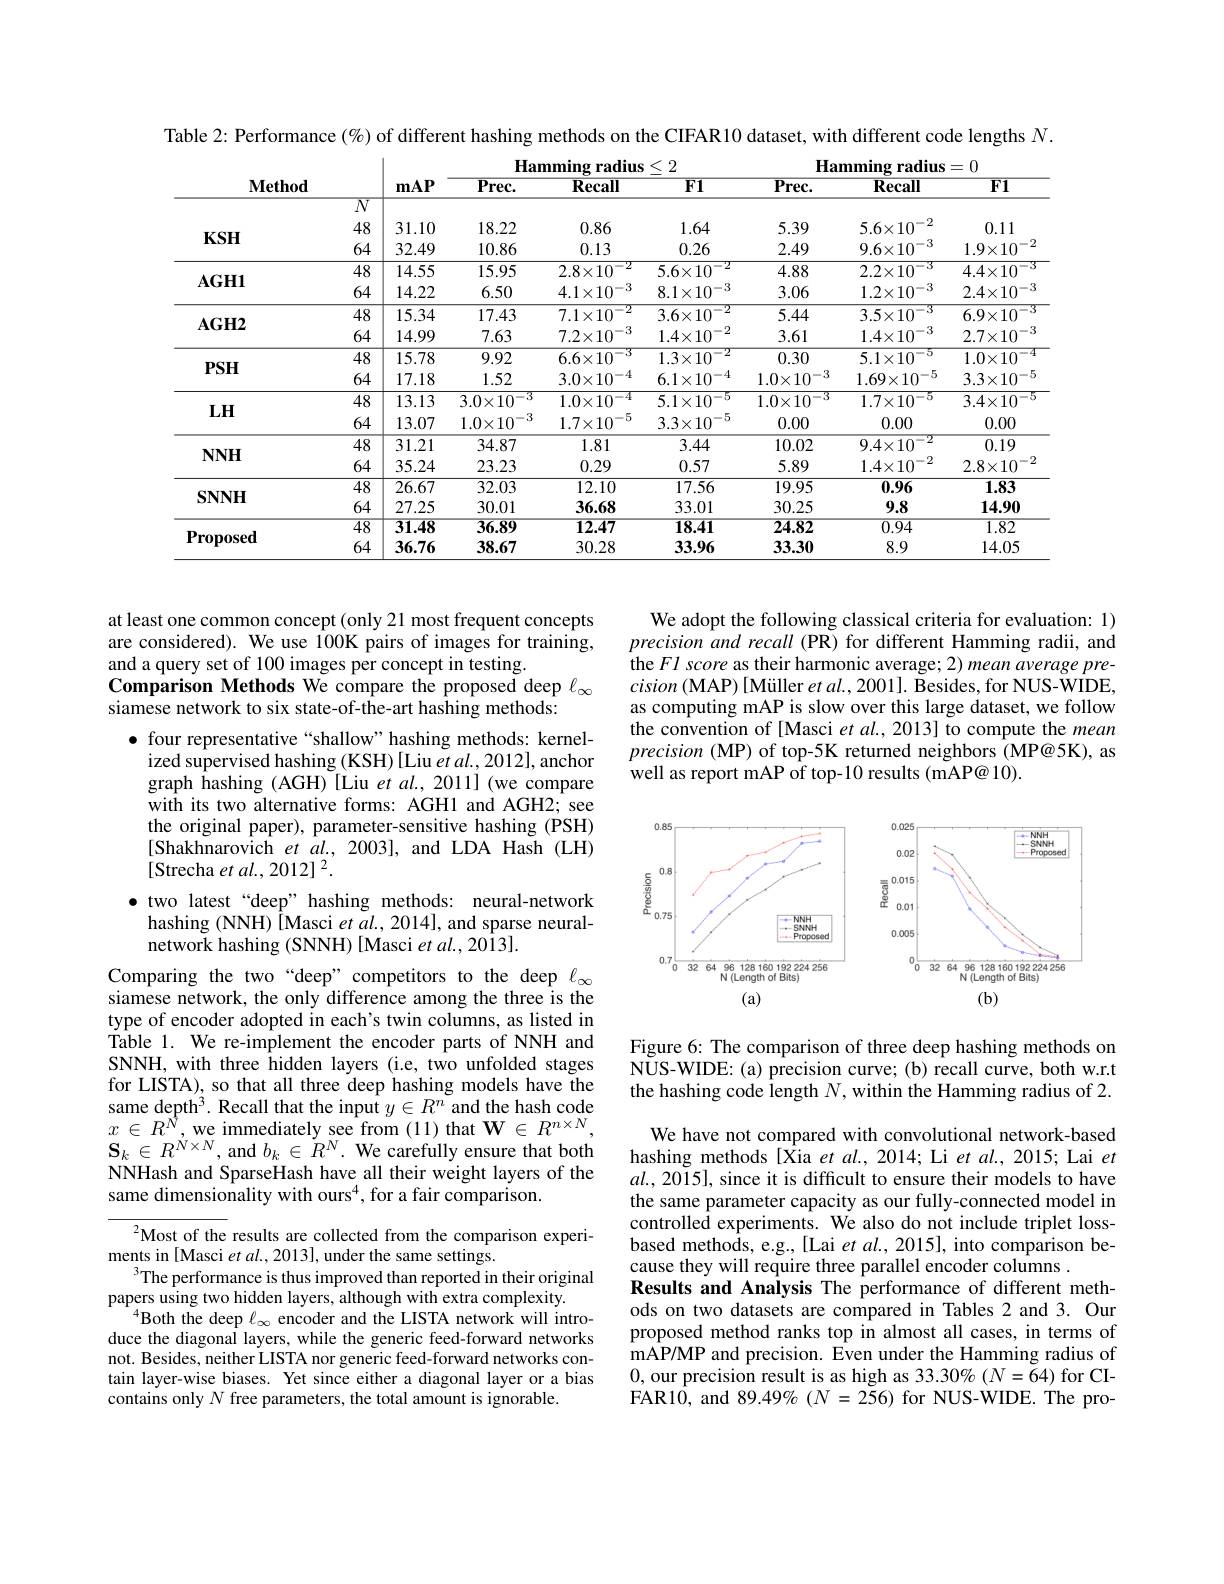
Table 2: Performance $(\%)$ of different hashing methods on the CIFAR 10 dataset, with different code lengths $N.$

<table>
	<tbody>
		<tr>
			<th>$\mathbf{Method}$</th>
			<th> </th>
			<th>$\mathbf{mAP}$</th>
			<th>$\overline{{\mathrm{Prec.}}}$</th>
			<th>$\mathbf{Recall}$</th>
			<th>$\overline{\mathbf{F}1}$</th>
			<th>$\overline{\mathrm{Prec.}}$</th>
			<th>$\mathbf{Recall}$</th>
			<th>$\overline{F1}$</th>
		</tr>
		<tr>
			<td rowspan="3">$KSH$</td>
			<td>$\overline{N}$</td>
			<td> </td>
			<td> </td>
			<td> </td>
			<td> </td>
			<td> </td>
			<td> </td>
			<td> </td>
		</tr>
		<tr>
			<td>48</td>
			<td>31.10</td>
			<td>18.22</td>
			<td>0.86</td>
			<td>1.64</td>
			<td>5.39</td>
			<td>$5.6\times10^{-2}$</td>
			<td>0.11</td>
		</tr>
		<tr>
			<td>64</td>
			<td>32.49</td>
			<td>10.86</td>
			<td>0.13</td>
			<td>0.26</td>
			<td>2.49</td>
			<td>$9.6\times10^{-3}$</td>
			<td>$1.9\times10^{-}$</td>
		</tr>
		<tr>
			<td> </td>
			<td>48</td>
			<td>14.55</td>
			<td>15.95</td>
			<td>$2.8\times10^{-2}$</td>
			<td>$5.6\times10^{-2}$</td>
			<td>4.88</td>
			<td>$2.2\times10^{-3}$</td>
			<td>$4.4\times10^{-}$</td>
		</tr>
		<tr>
			<td>$AUII$</td>
			<td>64</td>
			<td>14.22</td>
			<td>6.50</td>
			<td>$4.1\times10^{-3}$</td>
			<td>$8.1\times10^{-3}$</td>
			<td>3.06</td>
			<td>$1.2\times10^{-3}$</td>
			<td>$2.4\times10^{-2.4.4\times10^{-2.5}}$</td>
		</tr>
		<tr>
			<td>$f^{\prime}\mathbf{T}\mathbf{T}$ 1</td>
			<td>48</td>
			<td>15.34</td>
			<td>17.43</td>
			<td>$7.1\times10^{-2}$</td>
			<td>$3.6\times10^{-2}$</td>
			<td>5.44</td>
			<td>$3.5\times10^{-3}$</td>
			<td>$6.9\times10^{-}$</td>
		</tr>
		<tr>
			<td>10114</td>
			<td>64</td>
			<td>14.99</td>
			<td>7.63</td>
			<td>$7.2\times10^{-3}$</td>
			<td>$1.4\times10^{-2}$</td>
			<td>3.61</td>
			<td>$1.4\times10^{-3}$</td>
			<td>$2.7\times10^{-}$</td>
		</tr>
		<tr>
			<td>marn</td>
			<td>48</td>
			<td>15.78</td>
			<td>9.92</td>
			<td>$6.6\times10^{-3}$</td>
			<td>$1.3\times10^{-2}$</td>
			<td>0.30</td>
			<td>$5.1\times10^{-5}$</td>
			<td>$1.0\times10^{-}$</td>
		</tr>
		<tr>
			<td>$\mathbf{r}$on</td>
			<td>64</td>
			<td>17.18</td>
			<td>1.52</td>
			<td>$3.0\times10^{-4}$</td>
			<td>$6.1\times10^{-4}$</td>
			<td>$1.0\times10^{-3}$</td>
			<td>$1.69\times10^{-5}$</td>
			<td>$3.3\times10^{-}$</td>
		</tr>
		<tr>
			<td>TT</td>
			<td>48</td>
			<td>13.13</td>
			<td>$3.0\times10^{-3}$</td>
			<td>$1.0\times10^{-4}$</td>
			<td>$5.1\times10^{-5}$</td>
			<td>$1.0\times10^{-3}$</td>
			<td>$1.7\times10^{-5}$</td>
			<td>$3.4\times10^{-}$</td>
		</tr>
		<tr>
			<td>LUU</td>
			<td>64</td>
			<td>13.07</td>
			<td>$1.0\times10^{-3}$</td>
			<td>$1.7\times10^{-5}$</td>
			<td>$3.3\times10^{-5}$</td>
			<td>0.00</td>
			<td>0.00</td>
			<td>0.00</td>
		</tr>
		<tr>
			<td> </td>
			<td>48</td>
			<td>31.21</td>
			<td>34.87</td>
			<td>1.81</td>
			<td>3.44</td>
			<td>10.02</td>
			<td>$9.4\times10^{-2}$</td>
			<td>0.19</td>
		</tr>
		<tr>
			<td>$1\mathbf{v}1\mathbf{v}$</td>
			<td>64</td>
			<td>35.24</td>
			<td>23.23</td>
			<td>0.29</td>
			<td>0.57</td>
			<td>5.89</td>
			<td>$1.4\times10^{-2}$</td>
			<td>$2.8\times10^{-}$</td>
		</tr>
		<tr>
			<td> </td>
			<td>$\overline{48}$</td>
			<td>26.67</td>
			<td>32.03</td>
			<td>12.10</td>
			<td>17.56</td>
			<td>19.95</td>
			<td>0.96</td>
			<td>1.83</td>
		</tr>
		<tr>
			<td>DININI</td>
			<td>64</td>
			<td>27.25</td>
			<td>30.01</td>
			<td>36.68</td>
			<td>33.01</td>
			<td>30.25</td>
			<td>9.8</td>
			<td>14.90</td>
		</tr>
		<tr>
			<td rowspan="2">$\mathbf{Proposed}$</td>
			<td>$\overline{48}$</td>
			<td>$\overline{31.48}$</td>
			<td>36.89</td>
			<td>$\overline{12.47}$</td>
			<td>18.41</td>
			<td>24.82</td>
			<td>$\overline{0.94}$</td>
			<td>$\overline{1.82}$</td>
		</tr>
		<tr>
			<td>64</td>
			<td>36.76</td>
			<td>38.67</td>
			<td>30.28</td>
			<td>33.96</td>
			<td>33.30</td>
			<td>8.9</td>
			<td>14.05</td>
		</tr>
	</tbody>
</table>

We adopt the following classical criteria for evaluation: 1) precision and recall (PR) for different Hamming radii, and the Fl score as their harmonic average; 2) mean average pre- $cision\left ( \mathrm{MAP}\right ) [$Muiller $et$ $al. , 2001] .$ Besides, for NUS- WIDE, as computing mAP is slow over this large dataset, we follow the convention of [Masci et al, 2013] to compute the mean precision (MP) of top-5K returned neighbors (MP@5K), as well as report mAP of top-10 results (mAP@10).

at least one common concept (only 21 most frequent concepts are considered). We use 100K pairs of images for training, and a query set of 100 images per concept in testing.
Comparison Methods We compare the proposed deep $\ell_\infty$
siamese network to six state-of-the-art hashing methods:
$\bullet$ four representative“shallow”hashing methods: kernelized supervised hashing (KSH) [Liu et al., 2012], anchor graph hashing (AGH) [Liu et al., 2011] (we compare with its two alternative forms: AGH1 and AGH2; see the original paper), parameter-sensitive hashing (PSH) [Shakhnarovich et al., 2003], and LDA Hash (LH) [Strecha et $al.,2012]^2.$
$\bullet$ two latest“deep”hashing methods: neural-network
hashing (NNH) [Masci et $al.,2014]$,and sparse neural-
network hashing (SNNH) [Masci et al., 2013].

<FigureHere>

Figure 6: The comparison of three deep hashing methods on NUS-WIDE: (a) precision curve; (b) recall curve, both w.r.t the hashing code length $N$,within the Hamming radius of 2.

Comparing the two“deep”competitors to the deep $\ell_\infty$ siamese network, the only difference among the three is the type of encoder adopted in each's twin columns, as listed in Table 1. We re-implement the encoder parts of NNH and SNNH, with three hidden layers (i.e, two unfolded stages for LISTA), so that all three deep hashing models have the same depth$^3.$ Recall that the input $y\in R^n$ and the hash code $\begin{array}{l}{x\in R^{\hat{N}},\mathrm{~we~immediately~see~from~(11)~that~W~\in~R^{n\times N},}}\\{\mathbf{S}_{k}\in R^{N\times N},\mathrm{~and~}b_{k}\in R^{N}.\mathrm{~We~carefully~ensure~that~both}}\end{array}$ NNHash and SparseHash have all their weight layers of the same dimensionality with ours$^{4}$, for a fair comparison.

We have not compared with convolutional network-based hashing methods [Xia et al., 2014; Li et al., 2015; Lai et $al.,2015]$, since it is difficult to ensure their models to have the same parameter capacity as our fully-connected model in controlled experiments. We also do not include triplet lossbased methods, e.g., [Lai et $al.,2015]$, into comparison because they will require three parallel encoder columns
Results and Analysis The performance of different methods on two datasets are compared in Tables 2 and 3. Our proposed method ranks top in almost all cases, in terms of $\hat{\text{mAP/MP and precision. Even under the Hamming radius of}}$ 0, our precision result is as high as 33.30% $(N=64)$ for CIFAR1$\hat{0}$, and 89. 49$\%$ ( N= 2$\tilde{5}$6) for NUS- $\dot{W}$IDE. The pro-

$^{2}$Most of the results are collected from the comparison experi-
ments in [Masci et al., 2013], under the same settings.
$^{3}$The performance is thus improved than reported in their original
papers using two hidden layers, although with extra complexity.
$^{4}$Both the deep $\ell_\infty$ encoder and the LISTA network will introduce the diagonal layers, while the generic feed-forward networks not. Besides, neither LISTA nor generic feed-forward networks contain layer-wise biases. Yet since either a diagonal layer or a bias contains only $N$ free parameters, the total amount is ignorable.